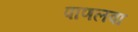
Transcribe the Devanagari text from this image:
पाणलवा